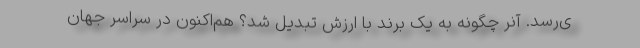
ی‌رسد. آنر چگونه به یک برند با ارزش تبدیل شد؟ هم‌اکنون در سراسر جهان